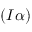
{ ( I \alpha ) }